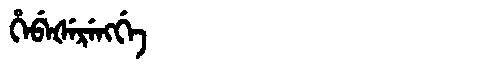
Manchu: ᡥᡝᠪᡝᡧᡝᡵᡝᠩᡤᡝ
Romanization: HEBEŠERENGGE